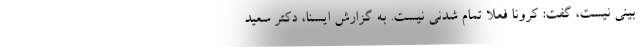
بینی نیست، گفت: کرونا فعلا تمام شدنی نیست. به گزارش ایسنا، دکتر سعید